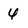
Character: 4